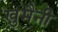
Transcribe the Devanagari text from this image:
खु़मैनी